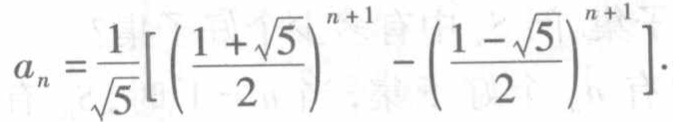
\[a_{n}=\frac{1}{\sqrt{5}}\left[\left(\frac{1 + \sqrt{5}}{2}\right)^{n + 1}-\left(\frac{1 - \sqrt{5}}{2}\right)^{n + 1}\right].\]